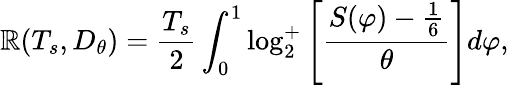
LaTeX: \mathbb{R}(T_{s},D_{\theta})={\frac{{T_{s}}}{{2}}}\int_{0}^{1}\log_{2}^{+}\left[{\frac{{S(\varphi)-{\frac{{1}}{{6}}}}}{{\theta}}}\right]d\varphi,